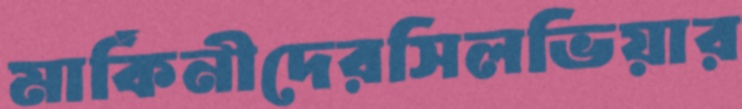
মার্কিনীদেরসিলভিয়ার